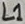
Text: L1